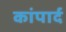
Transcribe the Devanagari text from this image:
कांपार्द